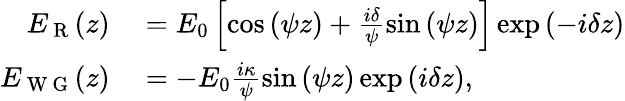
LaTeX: \begin{array}{rl}{E_{\mathrm{~R~}}(z)}&{{}=E_{0}\left[\cos{\left(\psi z\right)}+\frac{i\delta}{\psi}\sin{\left(\psi z\right)}\right]\exp{\left(-i\delta z\right)}}\\ {E_{\mathrm{~W~G~}}(z)}&{{}=-E_{0}\frac{i\kappa}{\psi}\sin{\left(\psi z\right)}\exp{\left(i\delta z\right)},}\end{array}